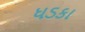
ધડકા